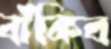
বাঁকিব